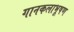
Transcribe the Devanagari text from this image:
गानकलाभूषण